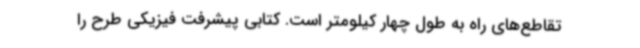
تقاطع‌های راه به طول چهار کیلومتر است. کتابی پیشرفت فیزیکی طرح را